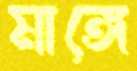
মাঙ্গে